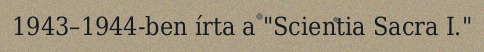
1943–1944-ben írta a "Scientia Sacra I."